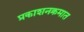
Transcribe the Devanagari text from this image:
प्रकाशनक्रमात